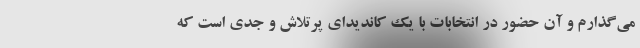
می‌گذارم و آن حضور در انتخابات با یک کاندیدای پرتلاش و جدی است که